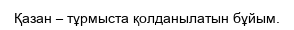
Қазан – тұрмыста қолданылатын бұйым.